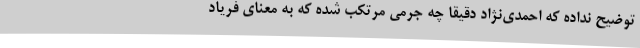
توضیح نداده که احمدی‌نژاد دقیقاً چه جرمی مرتکب شده که به معنای فریاد